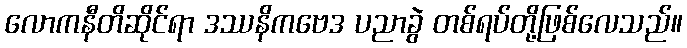
လောကနီတိဆိုင်ရာ ဒဿနိကဗေဒ ပညာခွဲ တစ်ရပ်တို့ဖြစ်လေသည်။